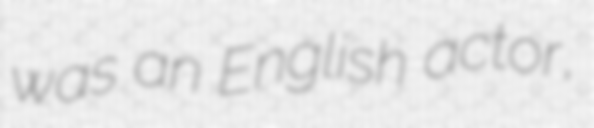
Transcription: was an English actor,